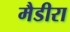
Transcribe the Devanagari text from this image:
मैडीरा